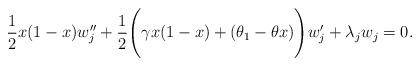
LaTeX: \begin{align*} \frac{1}{2}x(1-x)w_j^{\prime\prime}+ \frac{1}{2}\Bigg (\gamma x(1-x) + (\theta_1-\theta x)\Bigg )w_j^\prime + \lambda_jw_j=0.\end{align*}